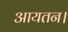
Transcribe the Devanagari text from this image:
आयतन।